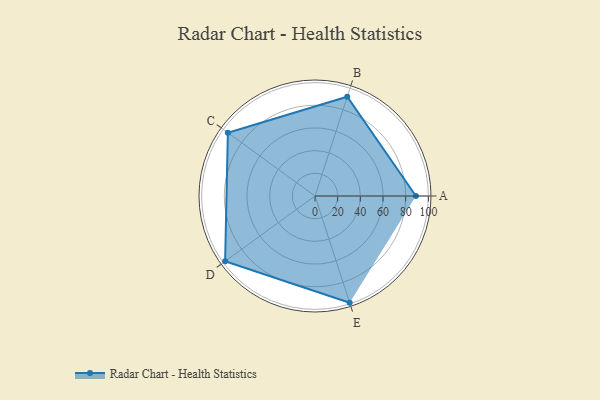
{"axis": {"x": "Skill", "y": "Score"}, "legend": ["Profile"], "data": [{"x": "A", "y": 89.0, "type": "Profile"}, {"x": "B", "y": 92.0, "type": "Profile"}, {"x": "C", "y": 95.0, "type": "Profile"}, {"x": "D", "y": 98.0, "type": "Profile"}, {"x": "E", "y": 99, "type": "Profile"}]}